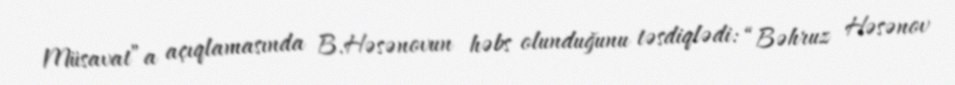
Müsavat”a açıqlamasında B.Həsənovun həbs olunduğunu təsdiqlədi: “Bəhruz Həsənov